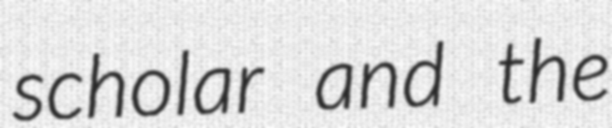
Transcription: scholar and the